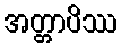
အတ္တာပိဿ